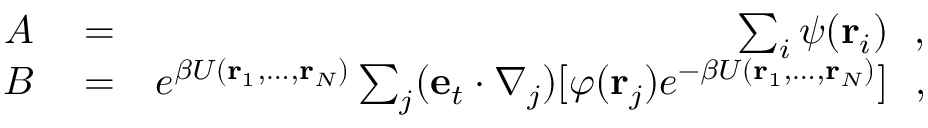
\begin{array} { r l r } { A } & { { } = } & { \sum _ { i } \psi ( { \bf r } _ { i } ) ~ ~ , } \\ { B } & { { } = } & { e ^ { \beta U ( { \bf r } _ { 1 } , \ldots , { \bf r } _ { N } ) } \sum _ { j } ( { \bf e } _ { t } \cdot \nabla _ { j } ) [ \varphi ( { \bf r } _ { j } ) e ^ { - \beta U ( { \bf r } _ { 1 } , \ldots , { \bf r } _ { N } ) } ] ~ ~ , } \end{array}